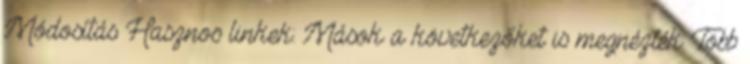
Módosítás Hasznos linkek: Mások a következőket is megnézték: Több